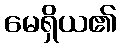
မေရှိယ၏